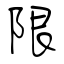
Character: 限